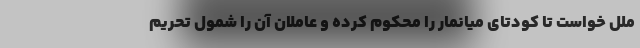
ملل خواست تا کودتای میانمار را محکوم کرده و عاملان آن را شمول تحریم